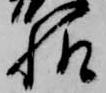
様